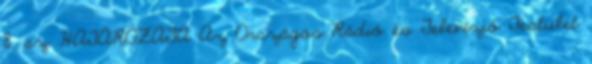
8. sz. HATÁROZATA Az Országos Rádió és Televízió Testület